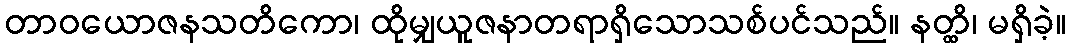
တာဝယောဇနသတိကော၊ ထိုမျှယူဇနာတရာရှိသောသစ်ပင်သည်။ နတ္ထိ၊ မရှိခဲ့။